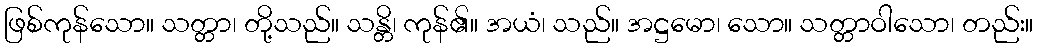
ဖြစ်ကုန်သော။ သတ္တာ၊ တို့သည်။ သန္တိ၊ ကုန်၏။ အယံ၊ သည်။ အဋ္ဌမော၊ သော။ သတ္တာဝါသော၊ တည်း။